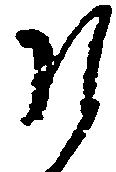
そ